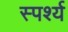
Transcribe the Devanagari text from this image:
स्पर्श्य